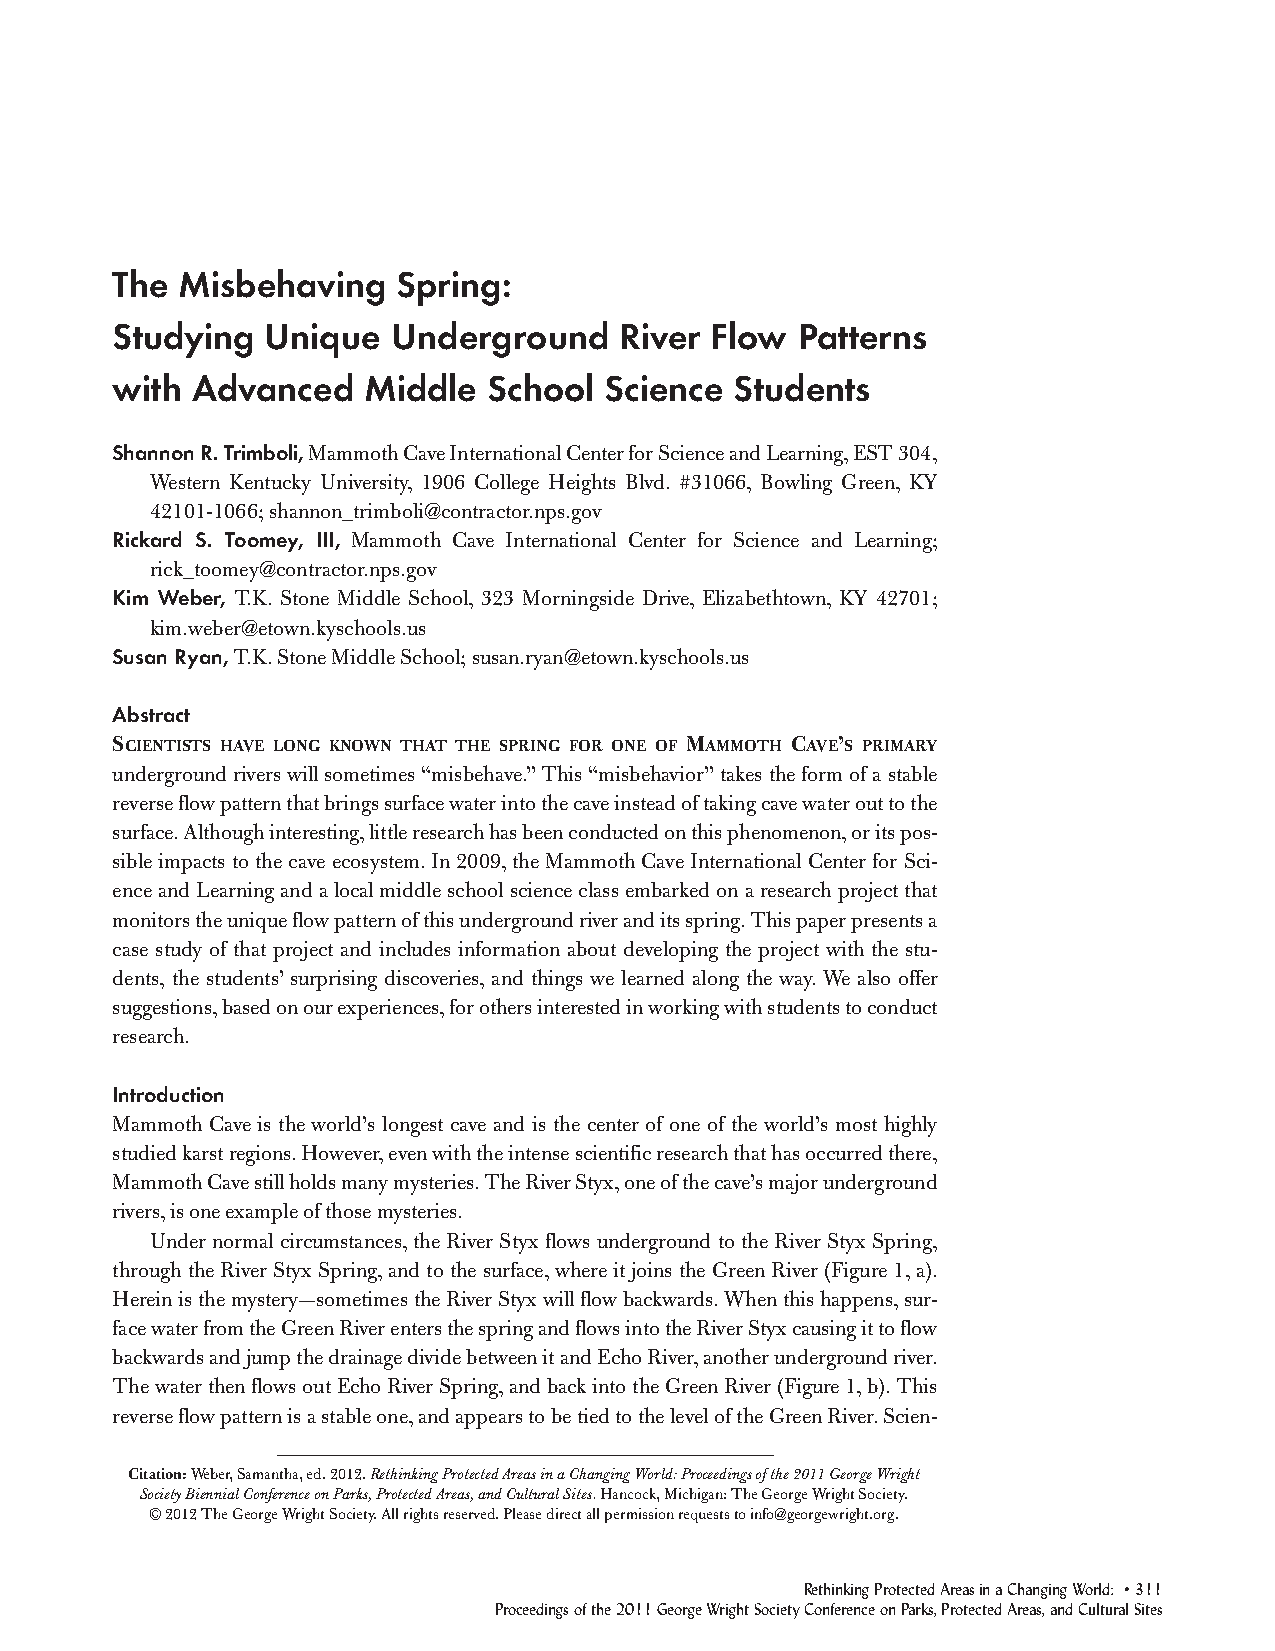
The  Misbehaving   Spring:
 Studying   Unique  Underground    River Flow  Patterns
 with  Advanced   Middle  School  Science  Students
 Shannon R. Trimboli,Mammoth Cave International Center for Science and Learning, EST 304,
 Western Kentucky University, 1906 College Heights Blvd. #31066, Bowling Green, KY
 42101-1066; shannon_trimboli@contractor.nps.gov
 Rickard S. Toomey, III, Mammoth Cave International Center for Science and Learning;
 rick_toomey@contractor.nps.gov
 Kim Weber, T.K. Stone Middle School, 323 Morningside Drive, Elizabethtown, KY 42701;
 kim.weber@etown.kyschools.us
 Susan Ryan,T.K. Stone Middle School; susan.ryan@etown.kyschools.us
 Abstract
 SCIENTISTS HAVE LONG KNOWN THAT THE SPRING FOR ONE OF MAMMOTH CAVE’S PRIMARY
 underground rivers will sometimes “misbehave.” This “misbehavior” takes the form of a stable
 reverse flow pattern that brings surface water into the cave instead of taking cave water out to the
 surface. Although interesting, little research has been conducted on this phenomenon, or its pos-
 sible impacts to the cave ecosystem. In 2009, the Mammoth Cave International Center for Sci -
 ence and Learning and a local middle school science class embarked on a research project that
 monitors the unique flow pattern of this underground river and its spring. This paper presents a
 case study of that project and includes information about developing the project with the stu-
 dents, the students’ surprising discoveries, and things we learned along the way. We also offer
 suggestions, based on our experiences, for others interested in working with students to conduct
 research.
 Introduction
 Mammoth Cave is the world’s longest cave and is the center of one of the world’s most highly
 studied karst regions. However, even with the intense scientific research that has occurred there,
 Mammoth Cave still holds many mysteries. The River Styx, one of the cave’s major underground
 rivers, is one example of those mysteries.
 Under normal circumstances, the River Styx flows underground to the River Styx Spring,
 through the River Styx Spring, and to the surface, where it joins the Green River (Figure 1, a).
 Herein is the mystery—sometimes the River Styx will flow backwards. When this happens, sur-
 face water from the Green River enters the spring and flows into the River Styx causing it to flow
 backwards and jump the drainage divide between it and Echo River, another underground river.
 The water then flows out Echo River Spring, and back into the Green River (Figure 1, b). This
 reverse flow pattern is a stable one, and appears to be tied to the level of the Green River. Scien -
 Citation: Weber, Samantha, ed. 2012.Rethinking Protected Areas in a Changing World: Pro ceedings of the 2011 George Wright
 Society Biennial Conference on Parks, Pro tected Areas, and Cul tural Sites.Hancock, Michigan: The George Wright Society.
 © 2012 The George Wright Society. All rights reserved. Please direct all permission requests to info@georgewright.org.
 Rethinking Protected Areas in a Changing World: • 311
 Proceedings of the 2011 George Wright Society Conference on Parks, Protected Areas, and Cultural Sites